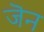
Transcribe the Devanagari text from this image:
जॆन